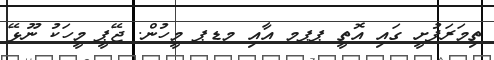
ތިމަރަފުށީ ގައި އޮތީ ޕޕމ އާއި މޑޕ މީހުން. ޖޭޕީ މީހަކު ނޫޅޭ